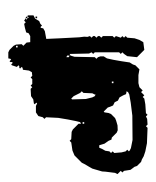
Text: by
Cross-out: mix
Writing tool: digital_black